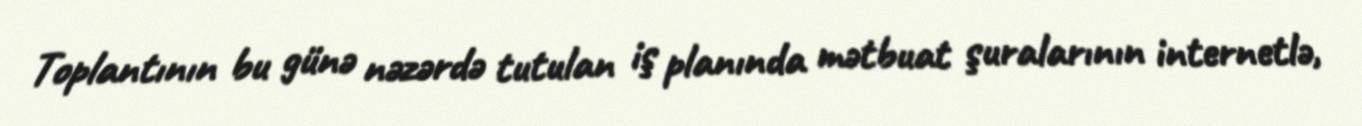
Toplantının bu günə nəzərdə tutulan iş planında mətbuat şuralarının internetlə,